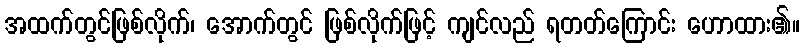
အထက်တွင်ဖြစ်လိုက်၊ အောက်တွင် ဖြစ်လိုက်ဖြင့် ကျင်လည် ရတတ်ကြောင်း ဟောထား၏။